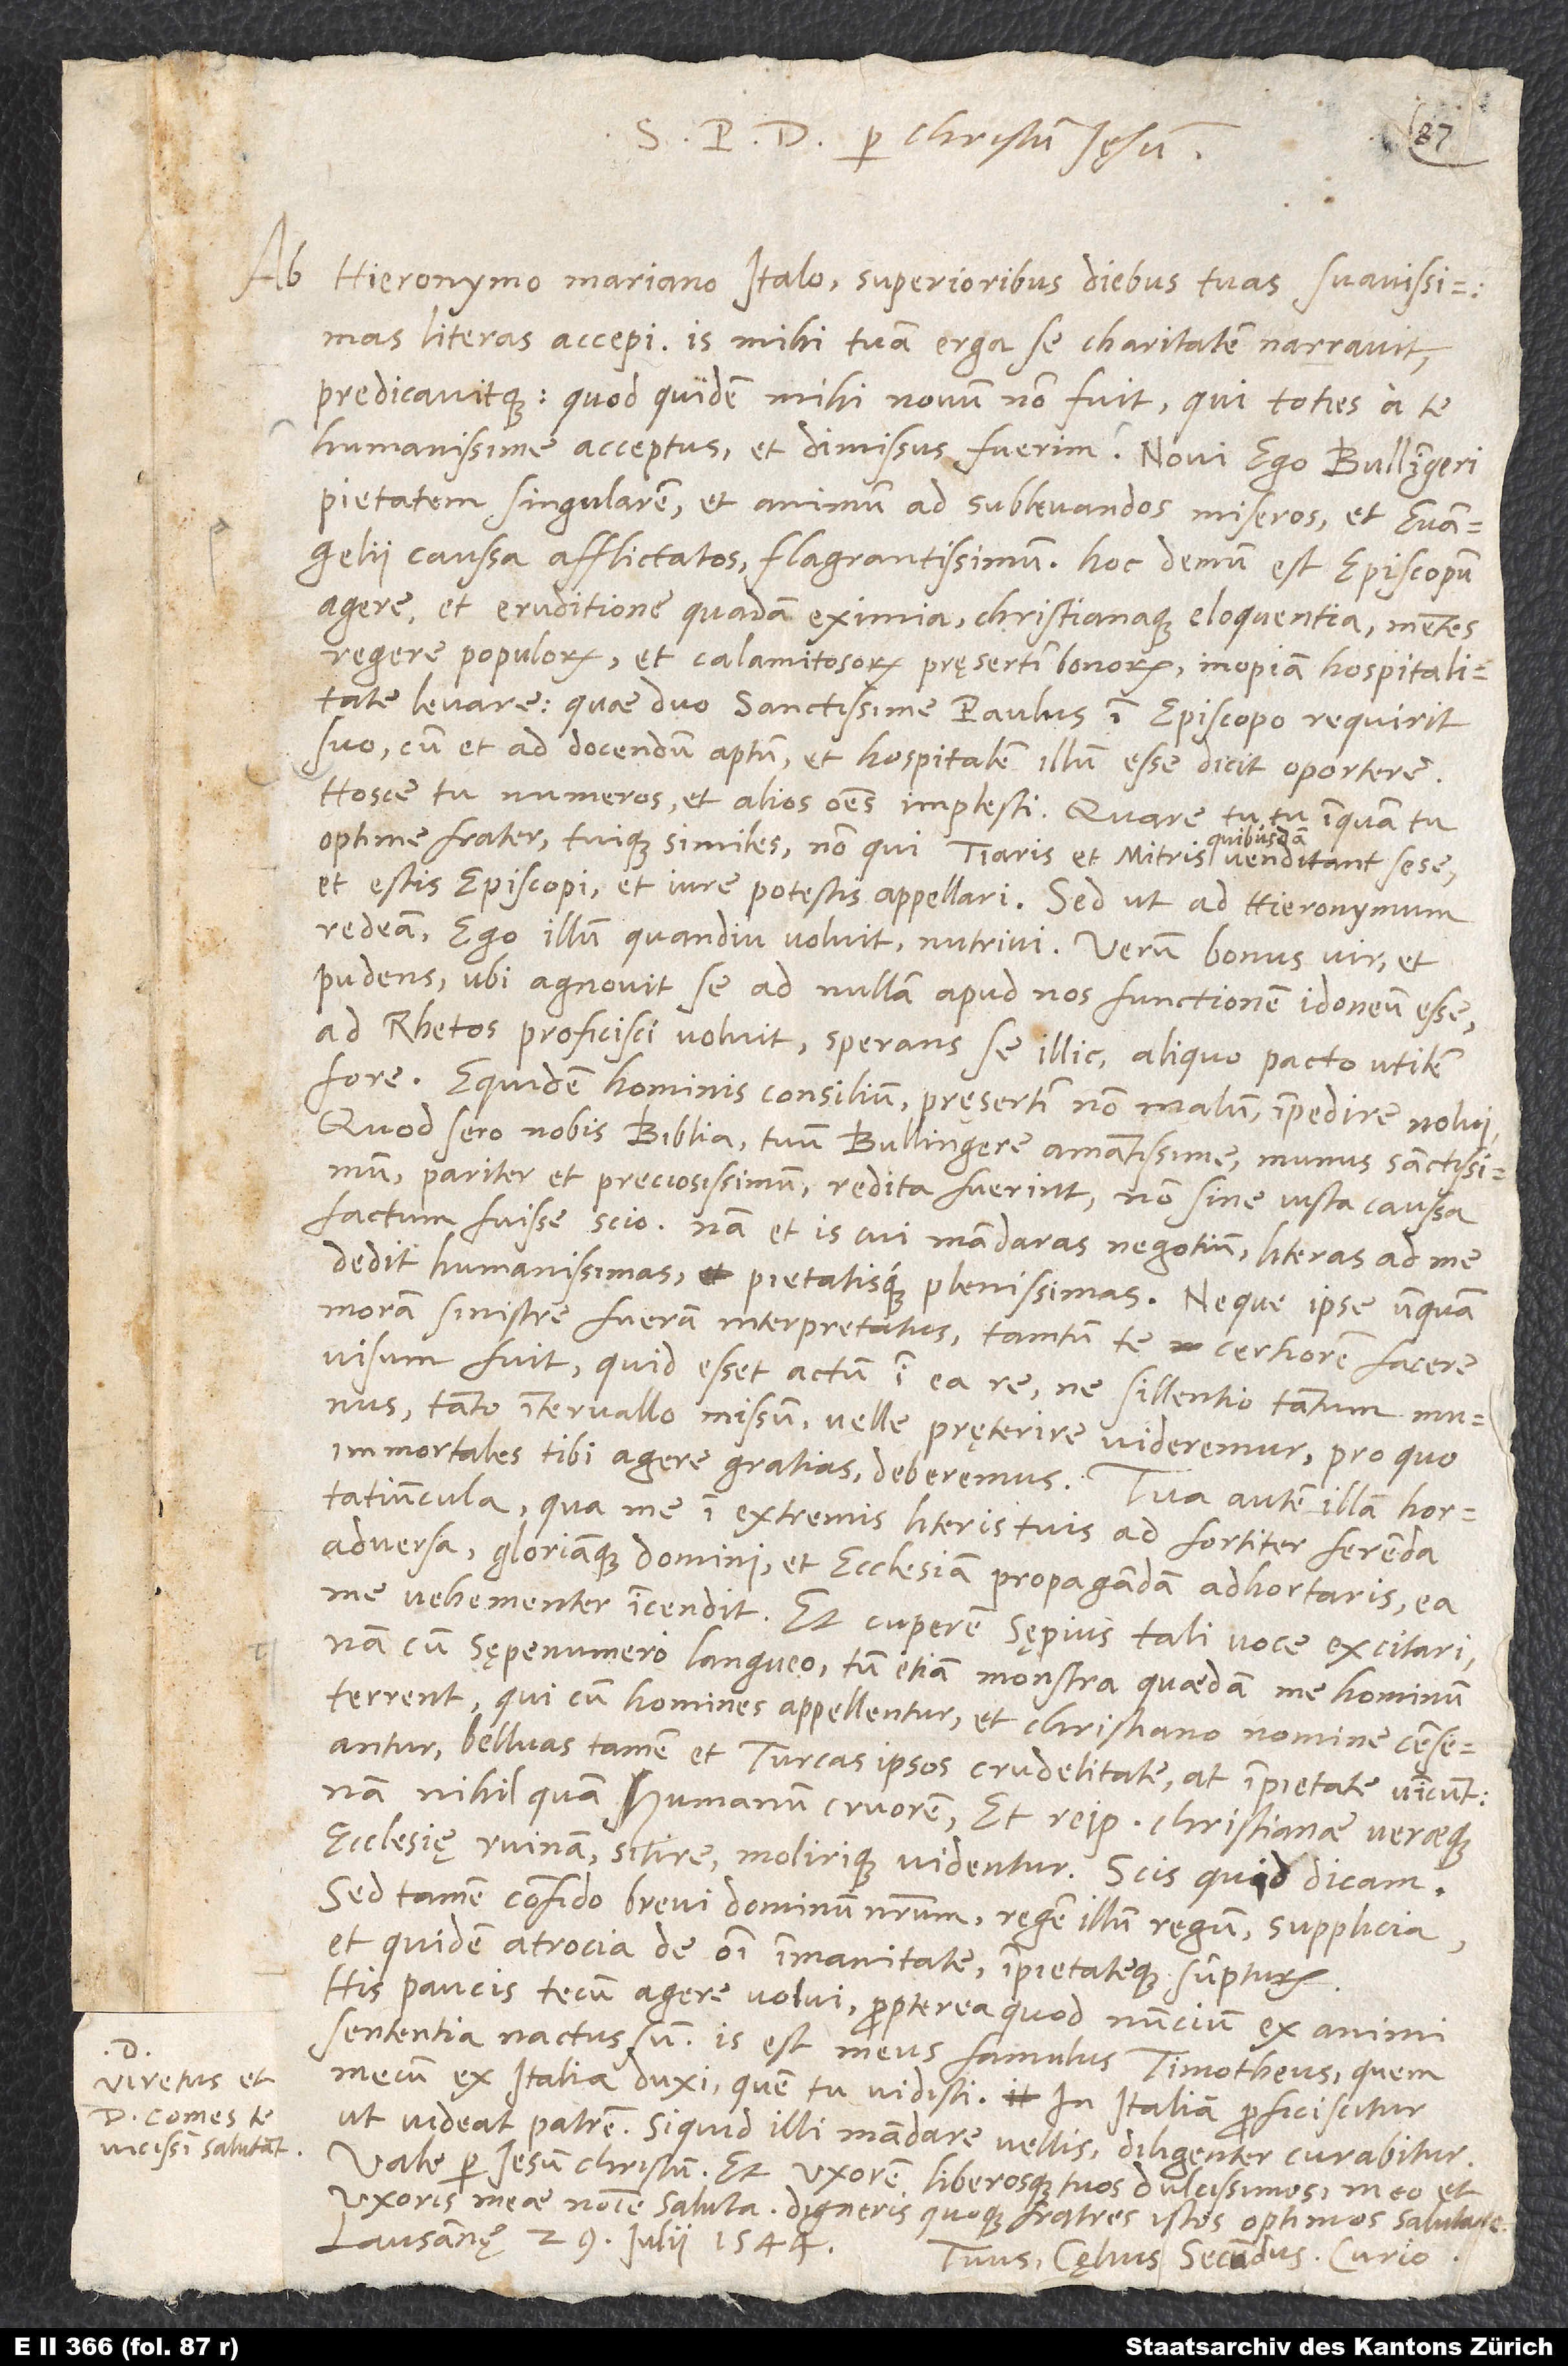
Viretus et
vicissim salutant.

S per Christum Iesum.
Ab Hieronymo Mariano Italo superioribus diebus tuas suavissimas
literas accepi. Is mihi tuam erga se charitatem narravit
predicavitque, quod quidem mihi novum non fuit, qui toties a te
humanissime acceptus et dimissus fuerim. Novi ego Bullingeri
pietatem singularem et animum ad sublevandos miseros et evangelii
caussa afflictatos flagrantissimum. Hoc demum est episcopum
agere: et eruditione quadam eximia christianaque eloquentia mentes
regere populorum, et calamitosorum pręsertim bonorum inopiam hospitalitate
levare. Quae duo sanctissime Paulus in episcopo requirit
suo, cum et ad docendum aptum et hospitalem illum esse dicit oportere.
Hosce tu numeros et alios omnes implesti. Quare tu, tu inquam, tu
optime frater, tuique similes, non qui tiaris et mitris quibusdam venditant sese,
et estis episcopi et iure potestis appellari. Sed ut ad Hieronymum
redeam, ego illum, quandiu voluit, nutrivi; verum bonus vir et
pudens, ubi agnovit se ad nullam apud nos functionem idoneum esse,
ad Rhetos proficisci voluit sperans se illic aliquo pacto utilem
fore. Equidem hominis consilium, pręsertim non malum, impedire nolui.
Quod sero nobis Biblia, tuum, Bullingere amantissime, munus sanctissimum
pariter et preciosissimum, reddita fuerint, non sine iusta caussa
factum fuisse scio; nam et is, cui mandaras negotium, literas ad me
dedit humanissimas pietatisque plenissimas, neque ipse unquam
moram sinistre fueram interpretatus; tantum te certiorem facere
visum fuit, quid esset actum in ea re, ne sillentio tantum munus
tanto intervallo missum velle pręterire videremur, pro quo
immortales tibi agere gratias deberemus. Tua autem illa hortatiuncula,
me in extremis literis tuis ad fortiter ferenda
adversa gloriamque domini et ecclesiam propagandam adhortaris, ea
me vehementer incendit, et cuperem sępius tali voce excitari;
nam cum sępenumero langueo, tum etiam monstra quaedam me hominum
terrent, qui, cum homines appellentur et christiano nomine censeantur,
belluas tamen et Turcas ipsos crudelitate at impietate vincunt;
nam nihil quam humanum cruorem et reipublicae christianae veraeque
ecclesię ruinam sitire molirique videntur. Scis, quid dicam.
Sed tamen confido brevi dominum nostrum, regem illum regum, supplicia
et quidem atrocia de omni immanitate impietateque sumpturum.
His paucis tecum agere volui propterea, quod nuncium ex animi
sententia nactus sum. Is est meus famulus Timotheus, quem
mecum ex Italia duxi, quem tu vidisti; in Italiam proficiscitur,
ut videat patrem. Siquid illi mandare vellis, diligenter curabitur.
Vale per Iesum Christum et uxorem liberosque tuos dulcissimos meo et
uxoris meae nomine saluta; digneris quoque fratres istos optimos salutare.
Lausannę, 29. iulii 1544.
Tuus Cęlius Secundus Curio.